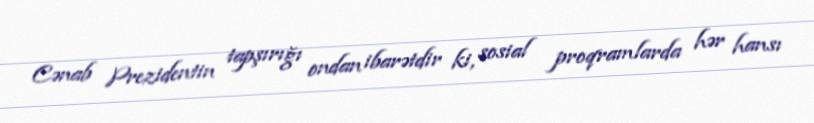
Cənab Prezidentin tapşırığı ondan ibarətdir ki, sosial proqramlarda hər hansı